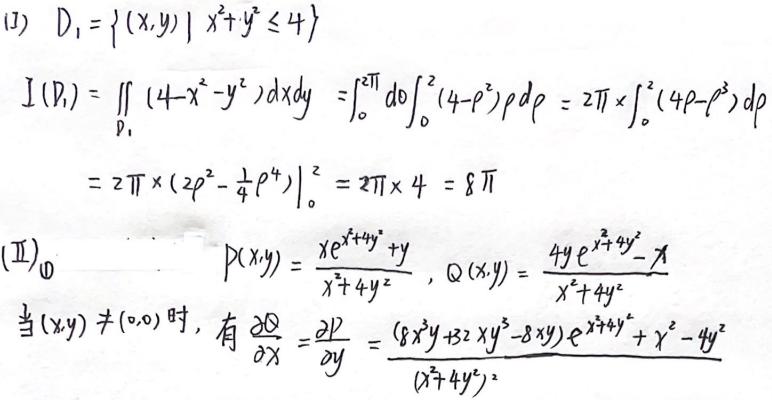
(1) \(D_1=\{(x,y)|x^{2}+y^{2}\leq4\}\)
\[
\begin{align*}
I(D_1)&=\iint_{D_1}(4 - x^{2}-y^{2})dxdy=\int_{0}^{2\pi}d\theta\int_{0}^{2}(4 - \rho^{2})\rho d\rho=2\pi\times\int_{0}^{2}(4\rho-\rho^{3})d\rho\\
&=2\pi\times\left(2\rho^{2}-\frac{1}{4}\rho^{4}\right)\big|_{0}^{2}=2\pi\times4 = 8\pi
\end{align*}
\]
(2)
\[
P(x,y)=\frac{xe^{x^{2}+4y^{2}}+y}{x^{2}+4y^{2}},Q(x,y)=\frac{4ye^{x^{2}+4y^{2}}-x}{x^{2}+4y^{2}}
\]
当\((x,y)\neq(0,0)\)时，有\(\frac{\partial Q}{\partial x}=\frac{\partial P}{\partial y}=\frac{(8x^{3}y + 32xy^{3}-8xy)e^{x^{2}+4y^{2}}+x^{2}-4y^{2}}{(x^{2}+4y^{2})^{2}}\)